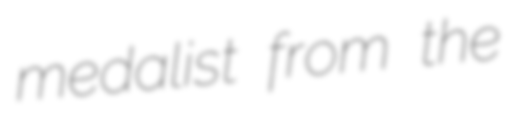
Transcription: medalist from the